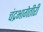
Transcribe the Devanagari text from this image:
चंद्रभागेतीरीं